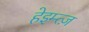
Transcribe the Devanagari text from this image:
हेइम्त्ज़